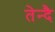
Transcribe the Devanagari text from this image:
तेन्दै